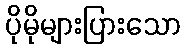
ပိုမိုများပြားသော